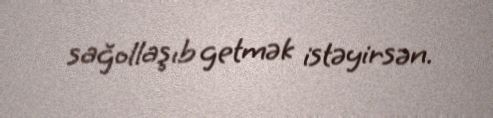
sağollaşıb getmək istəyirsən.